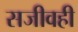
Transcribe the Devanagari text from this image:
सजीवही